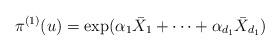
LaTeX: \begin{align*} \pi^{(1)}(u) = \exp (\alpha_1 \bar X_1+ \dots+ \alpha_{d_1}\bar X_{d_1})\end{align*}